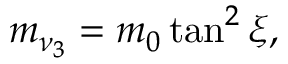
m _ { \nu _ { 3 } } = m _ { 0 } \tan ^ { 2 } \xi ,